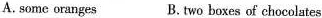
A. some oranges B. two boxes of chocolates